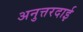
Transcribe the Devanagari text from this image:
अनुत्तरदाई